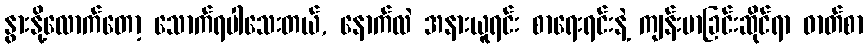
နွားနို့လောက်တော့ သောက်ရပါသေးတယ်, နောက်လဲ အနားယူရင်း စာရေးရင်းနဲ့ ကျန်းမာခြင်းဆိုင်ရာ ဓာတ်စာ